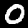
Digit: 0